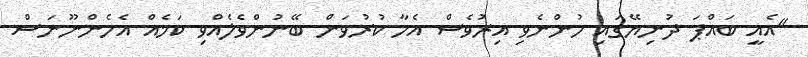
"އެއީ ބައްޕަ ދުނިޔޭގައި ހުންނެވި އިރުވެސް އެހާ ކުރުވަން ބޭނުންވެލެއްވި ކަމެއް އެހެންނޫނަސް